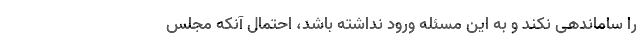
را ساماندهی نکند و به این مسئله ورود نداشته باشد، احتمال آنکه مجلس